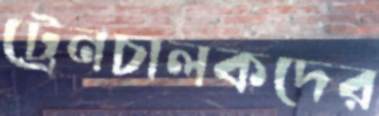
ট্রেনচালকদের